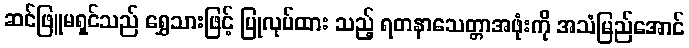
ဆင်ဖြူမရှင်သည် ရွှေသားဖြင့် ပြုလုပ်ထား သည့် ရတနာသေတ္တာအဖုံးကို အသံမြည်အောင်